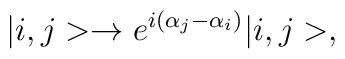
|i,j> \rightarrow e^{i(\alpha_j-\alpha_i)}|i,j>,